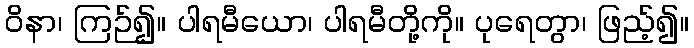
ဝိနာ၊ ကြဉ်၍။ ပါရမီယော၊ ပါရမီတို့ကို။ ပုရေတွာ၊ ဖြည့်၍။